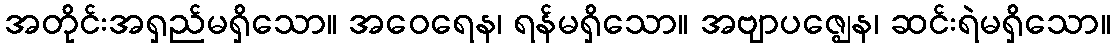
အတိုင်းအရှည်မရှိသော။ အဝေရေန၊ ရန်မရှိသော။ အဗျာပဇ္ဈေန၊ ဆင်းရဲမရှိသော။